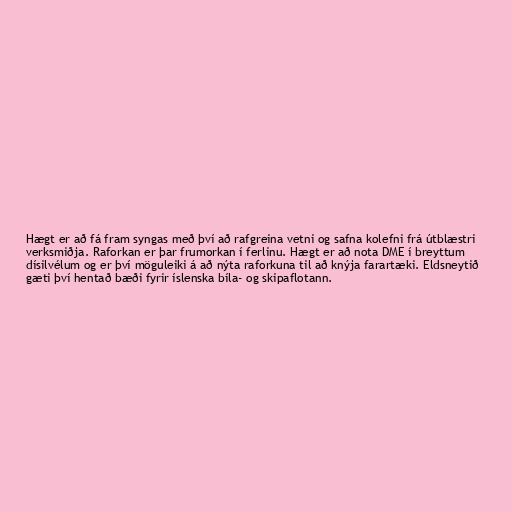
Hægt er að fá fram syngas með því að rafgreina vetni og safna kolefni frá útblæstri
verksmiðja. Raforkan er þar frumorkan í ferlinu. Hægt er að nota DME í breyttum
dísilvélum og er því möguleiki á að nýta raforkuna til að knýja farartæki. Eldsneytið
gæti því hentað bæði fyrir íslenska bíla- og skipaflotann.